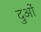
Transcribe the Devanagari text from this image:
दुओं